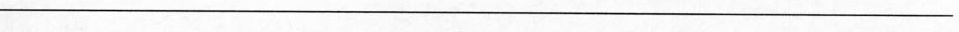
_______________________________________